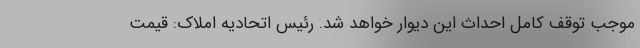
موجب توقف کامل احداث این دیوار خواهد شد. رئیس اتحادیه املاک: قیمت